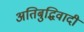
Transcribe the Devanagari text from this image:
अतिबुद्धिवादी